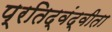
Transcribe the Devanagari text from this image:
प्रतिद्वंद्वीता